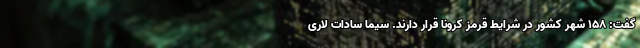
گفت: ۱۵۸ شهر کشور در شرایط قرمز کرونا قرار دارند. سیما سادات لاری